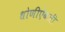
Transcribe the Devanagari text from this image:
धोणीऐवजी